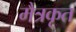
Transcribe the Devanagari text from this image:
मैत्रकृत